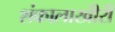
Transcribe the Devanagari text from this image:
शंकालाखीरी